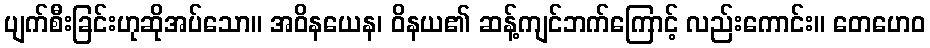
ပျက်စီးခြင်းဟုဆိုအပ်သော။ အဝိနယေန၊ ဝိနယ၏ ဆန့်ကျင်ဘက်ကြောင့် လည်းကောင်း။ တေဟေဝ